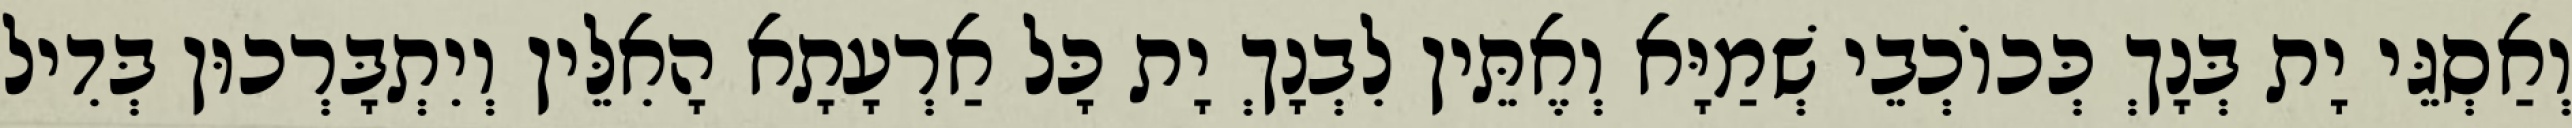
וְאַסְגֵּי יָת בְּנָךְ כְּכוֹכְבֵי שְׁמַיָּא וְאֶתֵּין לִבְנָךְ יָת כָּל אַרְעָתָא הָאִלֵּין וְיִתְבָּרְכוּן בְּדִיל